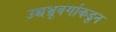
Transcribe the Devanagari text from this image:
उच्चभ्रूवर्गाकडून